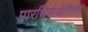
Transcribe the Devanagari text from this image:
पारथिनाजेनिसस